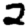
Digit: 2